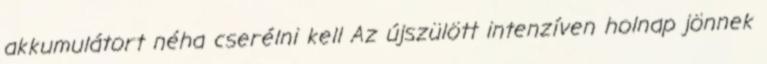
akkumulátort néha cserélni kell Az újszülött intenzíven holnap jönnek